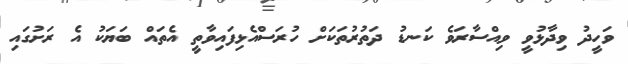
ވަހީދު ވިދާޅުވީ ވިއްސާރަވެ ކަނޑު ދަތުރުތަކަށް ހުރަސްއެޅިފައިވާތީ އެތައް ބަޔަކު އެ ރަށުގައި